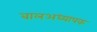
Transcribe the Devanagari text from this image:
बालअध्यापक